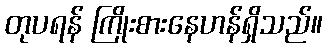
တုပရန် ကြိုးစားနေဟန်ရှိသည်။